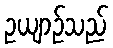
ဥယျာဉ်သည်